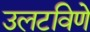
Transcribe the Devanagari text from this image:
उलटविणे